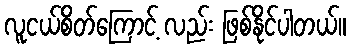
လူငယ်စိတ်ကြောင့် လည်း ဖြစ်နိုင်ပါတယ်။